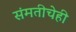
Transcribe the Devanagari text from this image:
संमतीचेही